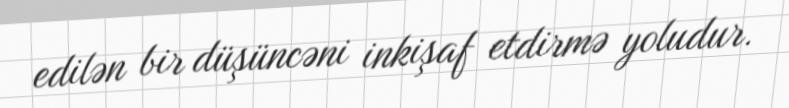
edilən bir düşüncəni inkişaf etdirmə yoludur.